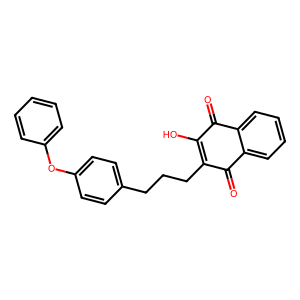
SMILES: O=C1C(O)=C(CCCc2ccc(Oc3ccccc3)cc2)C(=O)c2ccccc21
Inhibits HIV replication: No